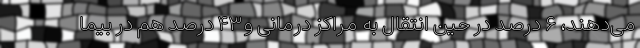
می‌دهند، ۶ درصد در حین انتقال به مراکز درمانی و۴۳ درصد هم در بیما